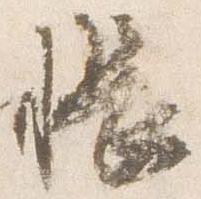
帳